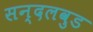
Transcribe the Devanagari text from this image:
सन्दलवुड